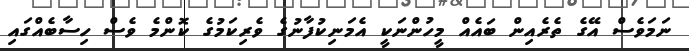
ނަމަވެސް އޭގެ ތެރެއިން ބައެއް މީހުންނަކީ އެމަނިކުފާނުގެ ވެރިކަމުގެ ކޮންމެ ވެސް ހިސާބެއްގައި